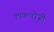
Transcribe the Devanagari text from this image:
१९७०रोजीे